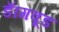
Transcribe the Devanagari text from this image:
डॅागवूड